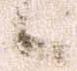
候